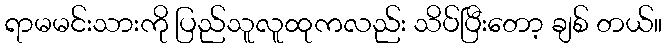
ရာမမင်းသားကို ပြည်သူလူထုကလည်း သိပ်ပြီးတော့ ချစ် တယ်။